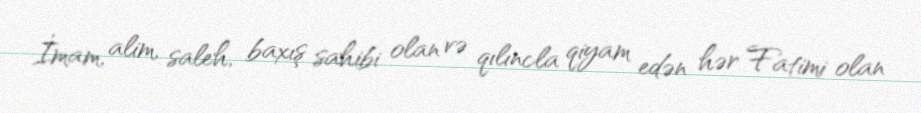
İmam, alim, saleh, baxış sahibi olan və qılıncla qiyam edən hər Fatimi olan